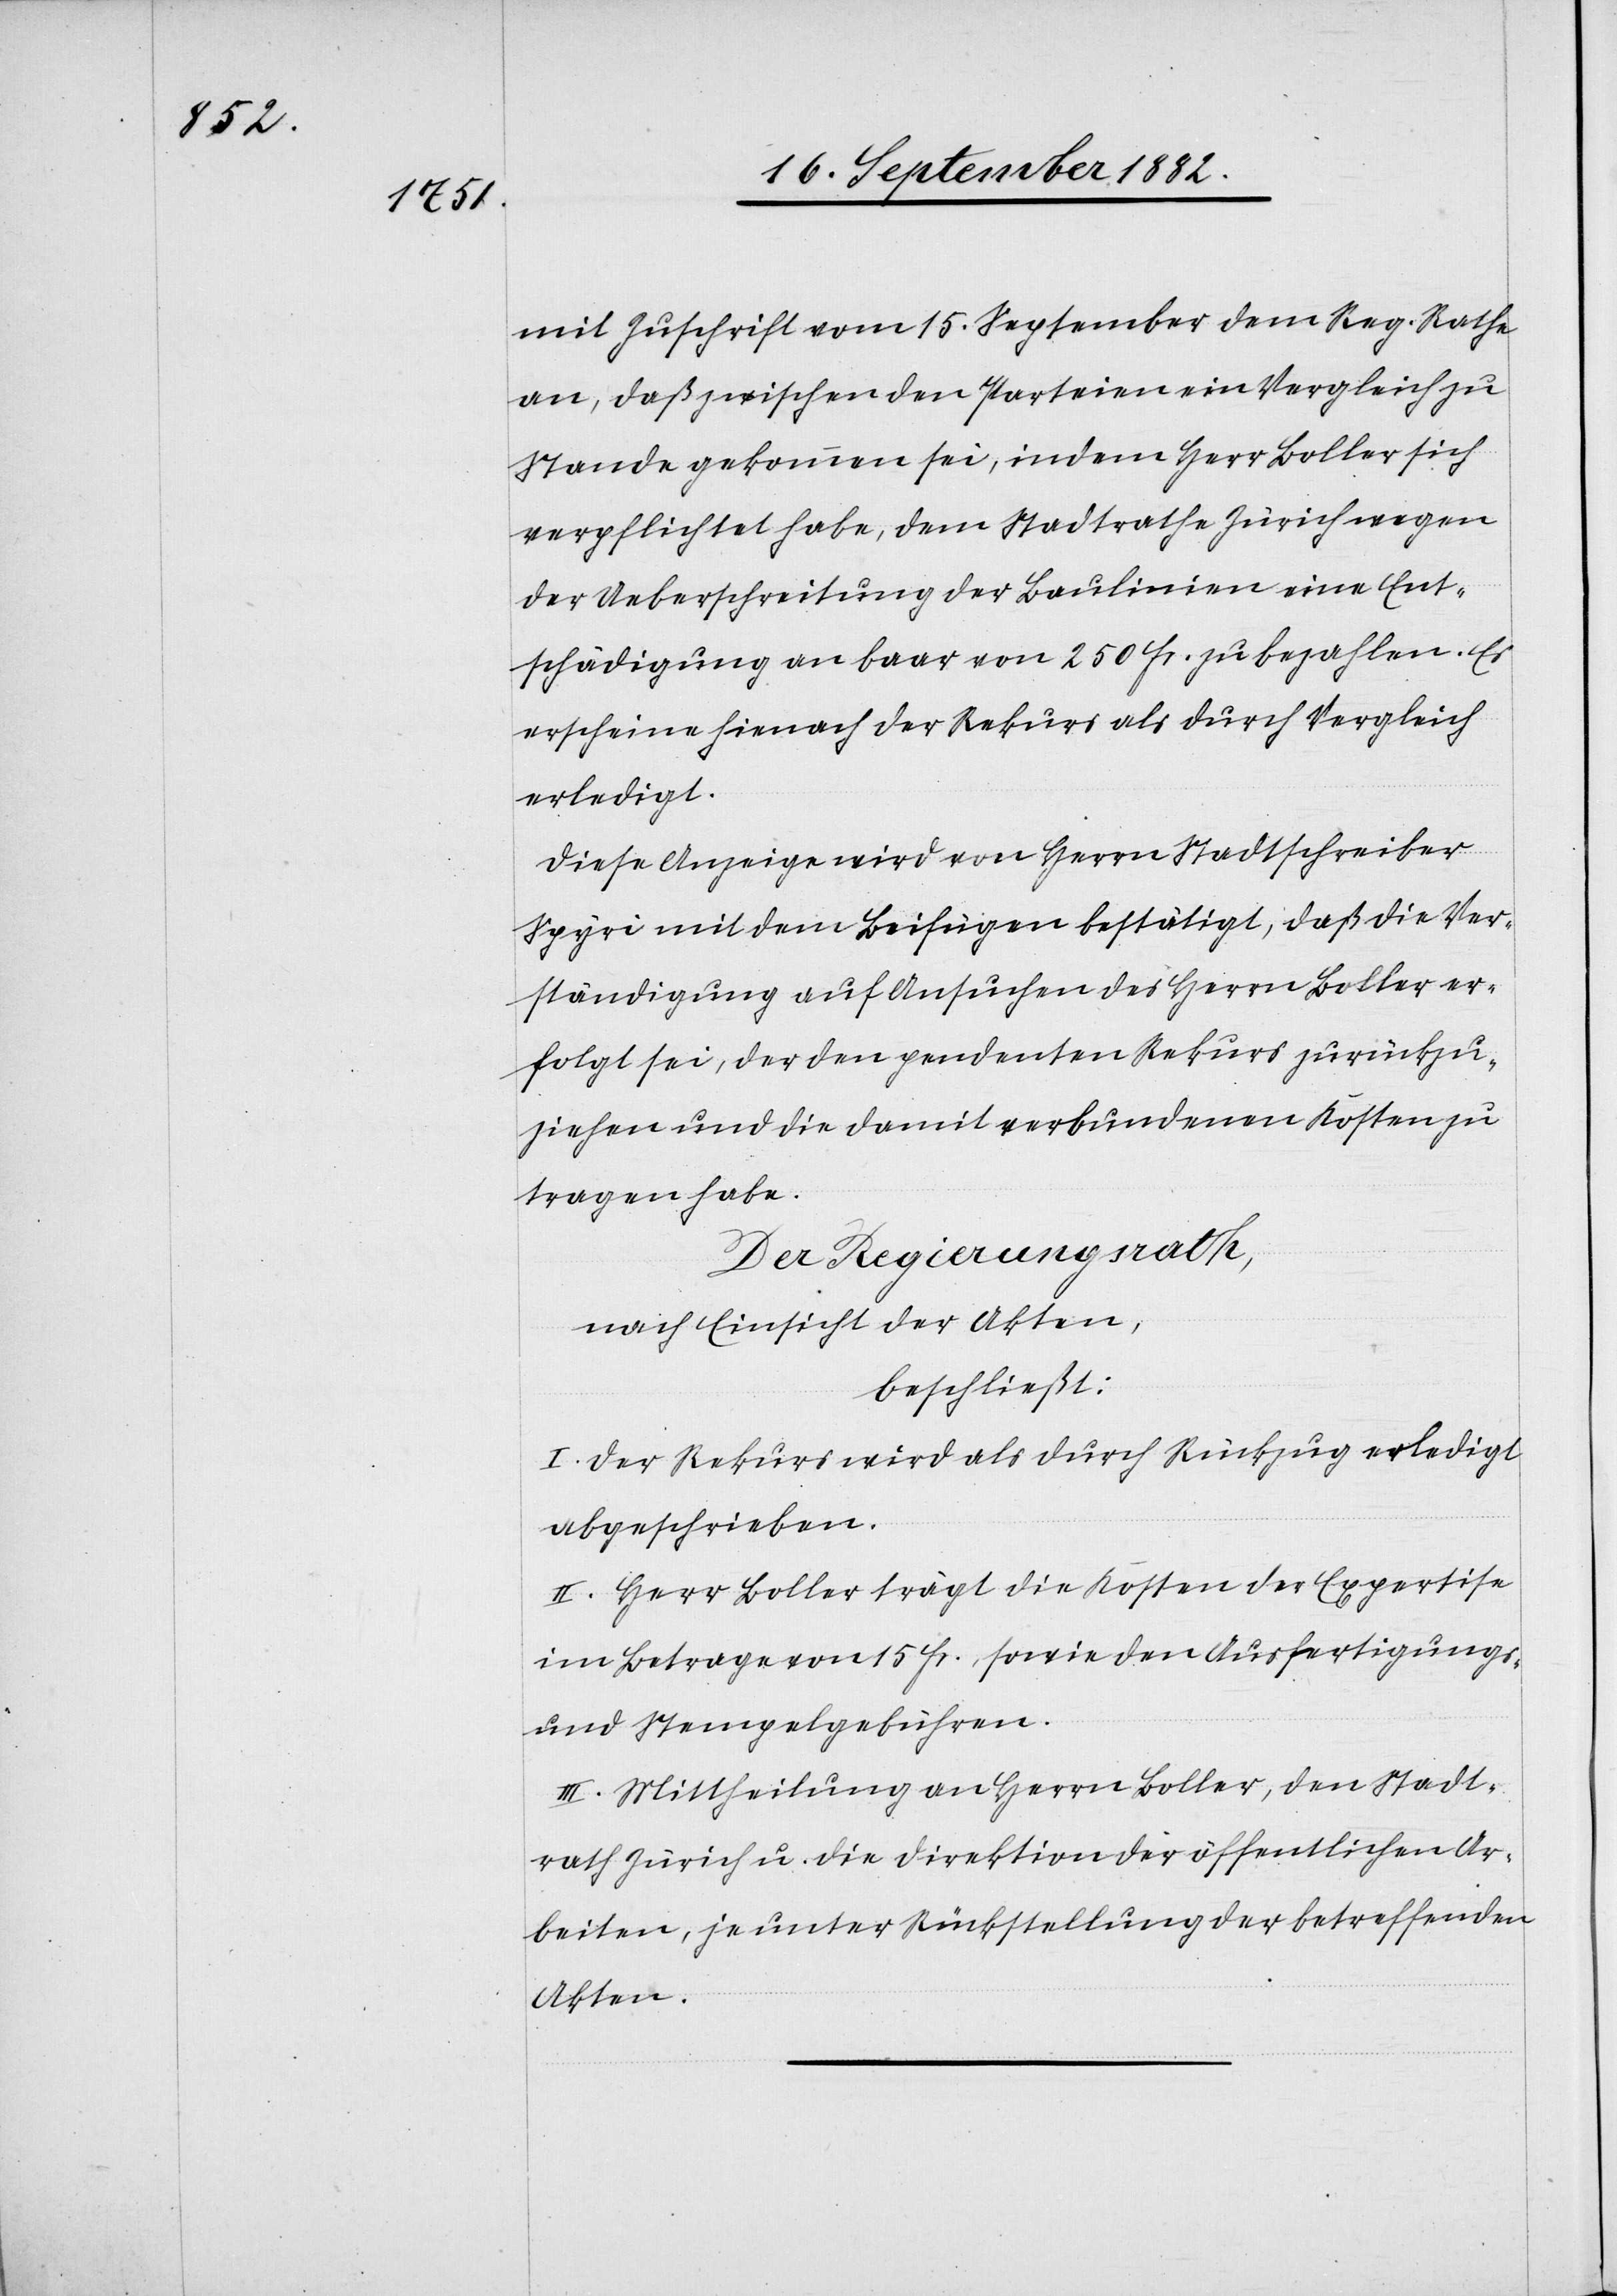
mit Zuschrift vom 15. September dem Reg. Rathe
an, daß zwischen den Parteien ein Vergleich zu
Stande gekommen sei, indem Herr Boller sich
verpflichtet habe, dem Stadtrathe Zürich wegen
der Ueberschreitung der Baulinien eine Ent¬
schädigung an baar von 250 Fr. zu bezahlen. Es
erscheine hienach der Rekurs als durch Vergleich
erledigt.
Diese Anzeige wird von Herrn Stadtschreiber
Spyri mit dem Beifügen bestätigt, daß die Ver¬
ständigung auf Ansuchen des Herrn Boller er¬
folgt sei, der den pendenten Rekurs zurückzu¬
ziehen und die damit verbundenen Kosten zu
tragen habe.
Der Regierungsrath,
nach Einsicht der Akten,
beschließt:
I. Der Rekurs wird als durch Rückzug erledigt
abgeschrieben.
II. Herr Boller trägt die Kosten der Expertise
im Betrage von 15 Fr., sowie den Ausfertigungs-
und Stempelgebühren.
III. Mittheilung an Herrn Boller, den Stadt¬
rath Zürich u. die Direktion der öffentlichen Ar¬
beiten, je unter Rückstellung der betreffenden
Akten.